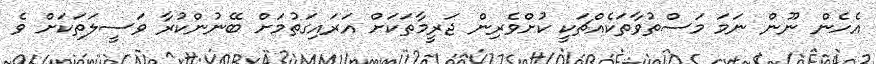
އެހެން ނޫން ނަމަ މަސްތުވާތަކެއްޗަކީ ކުށްވެރިން ޖަރީމާތަކަށް އަރައިގަތުމަށް ބޭނުންކުރާ ވަސީލަތަކަށް ވެ